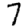
Digit: 7